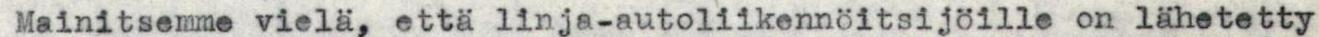
Mainitsemme vielä, että linja-autoliikennöitsijöille on lähetetty